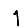
Digit: 1